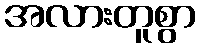
အလားတူစွာ